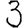
Digit: 3